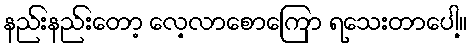
နည်းနည်းတော့ လေ့လာစောကြော ရသေးတာပေါ့။